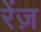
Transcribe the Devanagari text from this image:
रेंज़